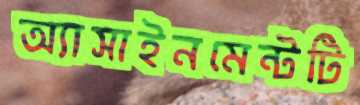
অ্যাসাইনমেন্টটি